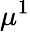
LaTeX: \mu^{1}